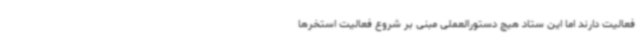
فعالیت دارند اما این ستاد هیچ دستورالعملی مبنی بر شروع فعالیت استخرها